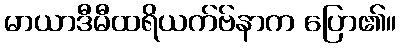
မာယာဒီမီထရိယက်ဗ်နာက ပြော၏။